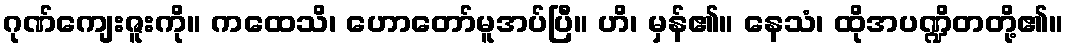
ဂုဏ်ကျေးဇူးကို။ ကထေသိ၊ ဟောတော်မူအပ်ပြီ။ ဟိ၊ မှန်၏။ နေသံ၊ ထိုအပဏ္ဍိတတို့၏။